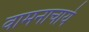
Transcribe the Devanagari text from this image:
वामनाचार्य